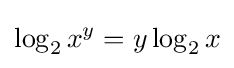
\log _{2}x^{y}=y\log _{2}x